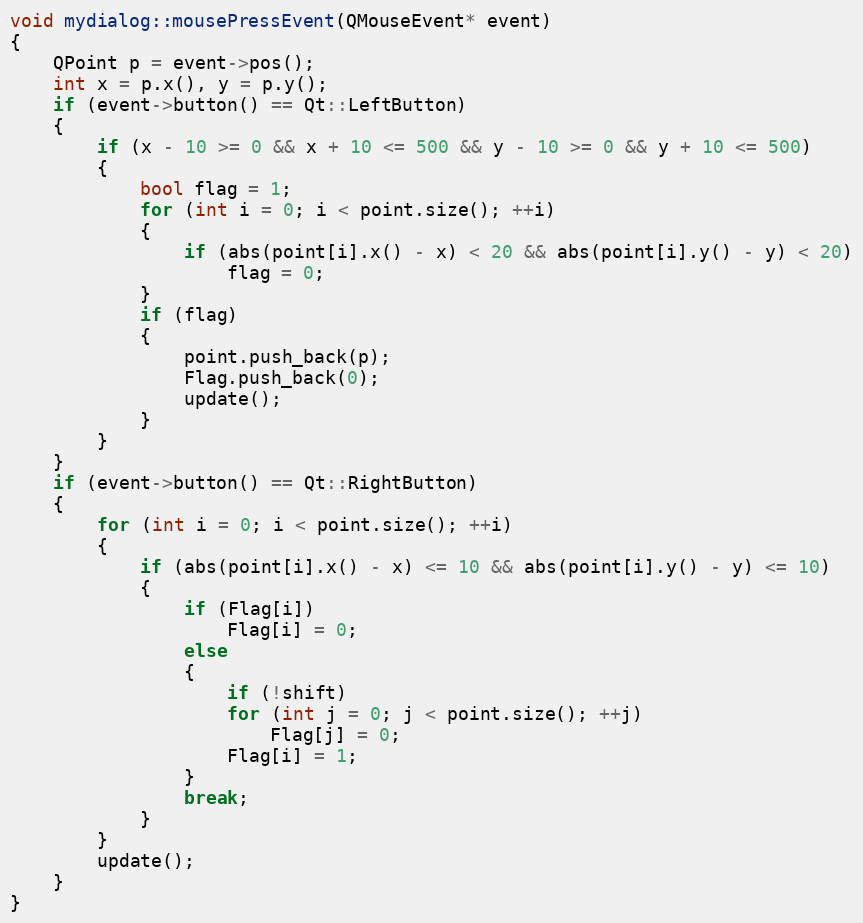
Language: C++
void mydialog::mousePressEvent(QMouseEvent* event)
{
    QPoint p = event->pos();
    int x = p.x(), y = p.y();
    if (event->button() == Qt::LeftButton)
    {
        if (x - 10 >= 0 && x + 10 <= 500 && y - 10 >= 0 && y + 10 <= 500)
        {
            bool flag = 1;
            for (int i = 0; i < point.size(); ++i)
            {
                if (abs(point[i].x() - x) < 20 && abs(point[i].y() - y) < 20)
                    flag = 0;
            }
            if (flag)
            {
                point.push_back(p);
                Flag.push_back(0);
                update();
            }
        }
    }
    if (event->button() == Qt::RightButton)
    {
        for (int i = 0; i < point.size(); ++i)
        {
            if (abs(point[i].x() - x) <= 10 && abs(point[i].y() - y) <= 10)
            {
                if (Flag[i])
                    Flag[i] = 0;
                else
                {
                    if (!shift)
                    for (int j = 0; j < point.size(); ++j)
                        Flag[j] = 0;
                    Flag[i] = 1;
                }
                break;
            }
        }
        update();
    }
}